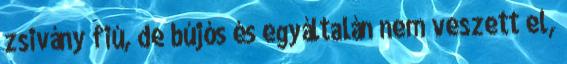
zsivány fiú, de bújós és egyáltalán nem veszett el,